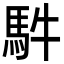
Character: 䭽